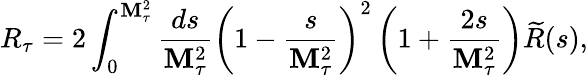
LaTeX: R_{\tau}=2\int_{0}^{\mathbf{M}_{\tau}^{2}}\frac{{ds}}{{\mathbf{M}_{\tau}^{2}}}\left(1-\frac{{s}}{{\mathbf{M}_{\tau}^{2}}}\right)^{2}\left(1+\frac{{2s}}{{\mathbf{M}_{\tau}^{2}}}\right)\widetilde{{R}}(s),